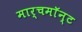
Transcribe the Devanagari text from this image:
मार्चमाॅन्ट